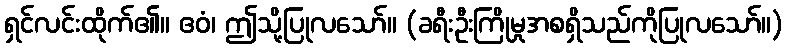
ရှင်လင်းထိုက်၏။ ဧဝံ၊ ဤသို့ပြုလသော်။ (ခရီးဦးကြိုမှုအစရှိသည်ကိုပြုလသော်။)